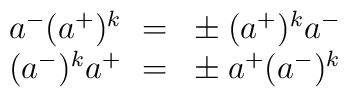
\begin{array}{c} a^-(a^+)^k~=~\pm(a^+)^k a^-\\ (a^-)^k a^+~=~\pm a^+(a^-)^k \end{array}